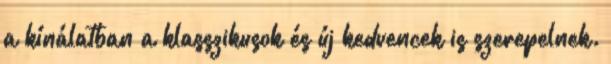
a kínálatban a klasszikusok és új kedvencek is szerepelnek.